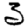
Digit: 3